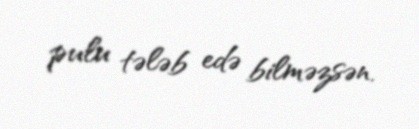
pulu tələb edə bilməzsən.